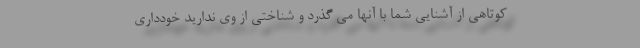
کوتاهی از آشنایی شما با آنها می گذرد و شناختی از وی ندارید خودداری